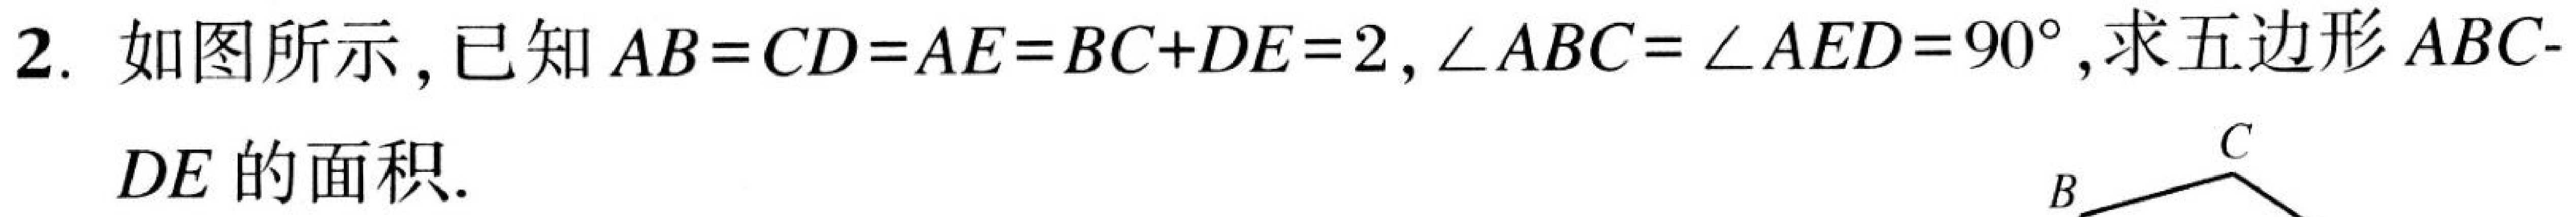
2. 如图所示，已知\(AB = CD = AE = BC + DE = 2\)，\(\angle ABC = \angle AED = 90^{\circ}\)，求五边形\(ABC - DE\)的面积.